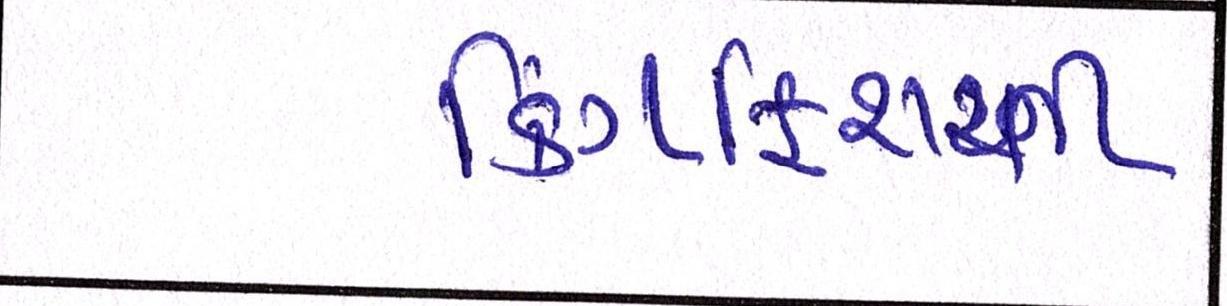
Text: કિંગફિશરની